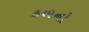
હળનો